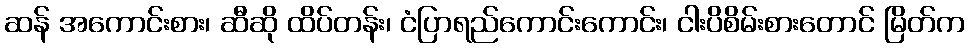
ဆန် အကောင်းစား၊ ဆီဆို ထိပ်တန်း၊ ငံပြာရည်ကောင်းကောင်း၊ ငါးပိစိမ်းစားတောင် မြိတ်က